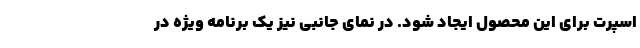
اسپرت برای این محصول ایجاد شود. در نمای جانبی نیز یک برنامه ویژه در